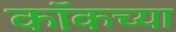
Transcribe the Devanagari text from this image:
कॉकच्या